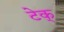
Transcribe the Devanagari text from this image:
टेक्